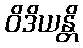
ဝိဒိယန္တိ